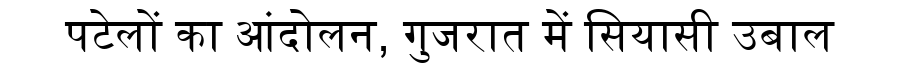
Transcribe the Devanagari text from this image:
पटेलों का आंदोलन, गुजरात में सियासी उबाल